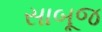
સાબૂજ